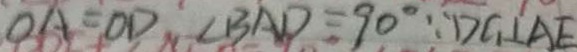
O A = O D \angle B A D = 9 0 ^ { \circ } \because D C _ { 1 } \bot A E